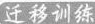
迁移训练